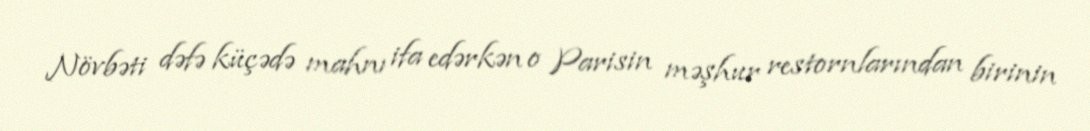
Növbəti dəfə küçədə mahnı ifa edərkən o Parisin məşhur restornlarından birinin